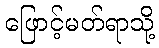
ဖြောင့်မတ်ရာသို့